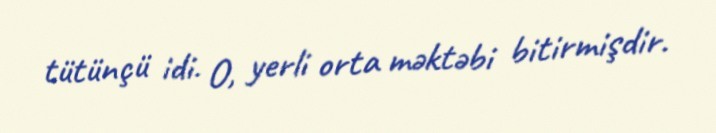
tütünçü idi. O, yerli orta məktəbi bitirmişdir.